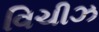
વિચીઝ